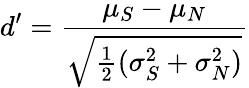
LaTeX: d^{\prime}={\frac{\mu_{S}-\mu_{N}}{\sqrt{{\frac{1}{2}}(\sigma_{S}^{2}+\sigma_{N}^{2})}}}